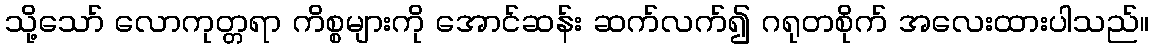
သို့သော် လောကုတ္တရာ ကိစ္စများကို အောင်ဆန်း ဆက်လက်၍ ဂရုတစိုက် အလေးထားပါသည်။